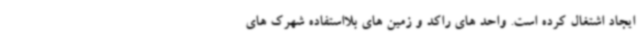
ایجاد اشتغال کرده است. واحد های راکد و زمین های بلااستفاده شهرک های